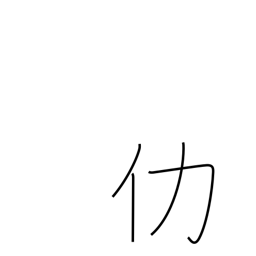
Meaning: surplus or excess